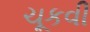
ચૂકવી